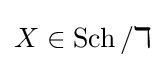
X\in \operatorname {Sch} /\mathbb {k}